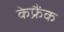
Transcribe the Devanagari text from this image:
केफ्रैंक